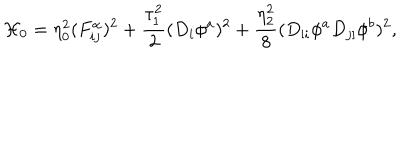
{ \cal H } _ { 0 } = \eta _ { 0 } ^ { 2 } ( F _ { i j } ^ { \alpha } ) ^ { 2 } + \frac { \tau _ { 1 } ^ { 2 } } { 2 } ( D _ { i } \phi ^ { a } ) ^ { 2 } + \frac { \eta _ { 2 } ^ { 2 } } { 8 } ( D _ { [ i } \phi ^ { a } D _ { j ] } \phi ^ { b } ) ^ { 2 } ,